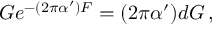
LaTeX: G e ^ { - ( 2 \pi \alpha ^ { \prime } ) { \cal F } } = ( 2 \pi \alpha ^ { \prime } ) d { \cal G } \, ,